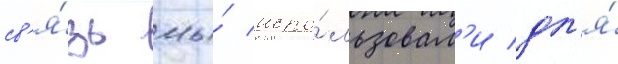
св'я́зь мы́ испо́льзовал'и дл'я́